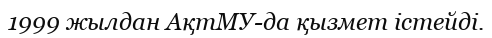
1999 жылдан АқтМУ-да қызмет істейді.